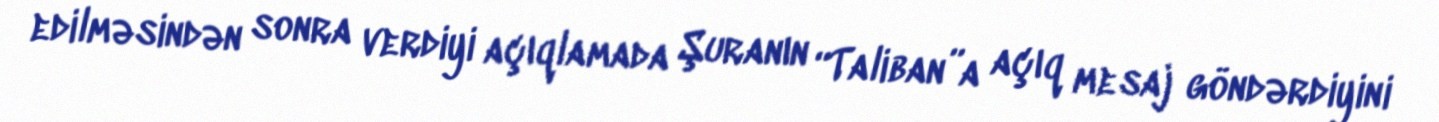
edilməsindən sonra verdiyi açıqlamada Şuranın “Taliban”a açıq mesaj göndərdiyini